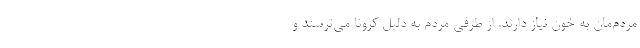
مردم‌مان به خون نیاز دارند. از طرفی مردم به دلیل کرونا می‌ترسند و